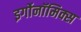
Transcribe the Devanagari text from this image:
इर्गोनॉमिक्स